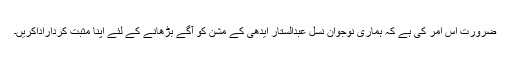
ضرورت اس امر کی ہے کہ ہماری نوجوان نسل عبدالستار ایدھی کے مشن کو آگے بڑھانے کے لئے اپنا مثبت کرداراداکریں۔